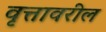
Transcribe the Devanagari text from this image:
वृत्तावरील